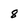
Character: 8